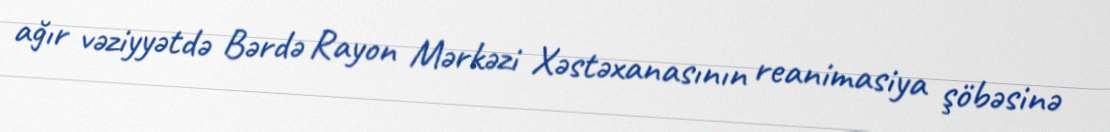
ağır vəziyyətdə Bərdə Rayon Mərkəzi Xəstəxanasının reanimasiya şöbəsinə